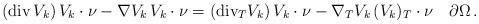
LaTeX: \begin{align*} (\mathrm{div}\,V_k)\,V_k\cdot \nu- \nabla V_k\, V_k \cdot\nu =(\mathrm{div}_T V_k)\,V_k\cdot\nu-\nabla_T V_k \, (V_k)_T \cdot \nu \quad\partial \Omega \,.\end{align*}